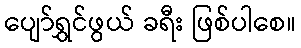
ပျော်ရွှင်ဖွယ် ခရီး ဖြစ်ပါစေ။